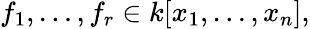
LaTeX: f_{1},\dots,f_{r}\in k[x_{1},\dots,x_{n}],